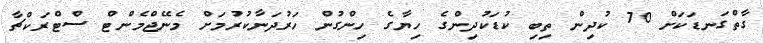
ގާތްގަނޑަކަށް 70 ކުދިން ތިބި ކުޑަކުދިންގެ ހިޔާގެ ހިންގުން ހަރުދަނާކުރުމަށް މެނޭޖްމެންޓް ސްޓްރަކްޗާ